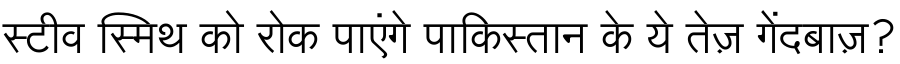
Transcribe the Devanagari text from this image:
स्टीव स्मिथ को रोक पाएंगे पाकिस्तान के ये तेज़ गेंदबाज़?